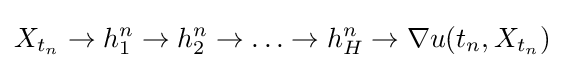
X_{t_{n}}\rightarrow h_{1}^{n}\rightarrow h_{2}^{n}\rightarrow \ldots \rightarrow h_{H}^{n}\rightarrow \nabla u(t_{n},X_{t_{n}})